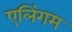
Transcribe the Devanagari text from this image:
एलिंगम